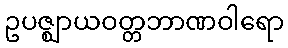
ဥပဇ္ဈာယဝတ္တဘာဏဝါရော